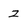
Character: 2